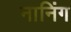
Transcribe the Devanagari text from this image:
नानिंग